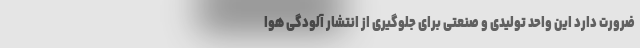
ضرورت دارد این واحد تولیدی و صنعتی برای جلوگیری از انتشار آلودگی هوا